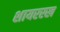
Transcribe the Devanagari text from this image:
शायररख